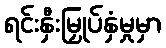
ရင်းနှီးမြှုပ်နှံမှုမှာ